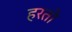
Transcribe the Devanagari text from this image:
हरतो